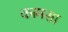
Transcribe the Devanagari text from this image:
कामसा